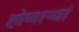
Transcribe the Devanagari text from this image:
होणाऱ्यां